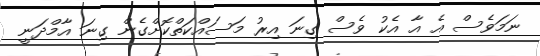
ނަމަވެސް އެ އާ އެކު ވެސް ގިނަ އިރު މަސައްކަތްކޮށްގެން ގިނަ އާމްދަނީ